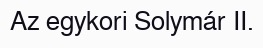
Az egykori Solymár II.